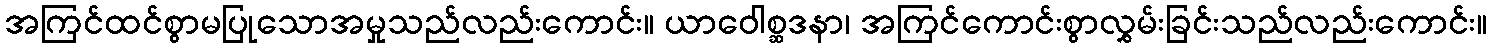
အကြင်ထင်စွာမပြုသောအမှုသည်လည်းကောင်း။ ယာဝေါစ္ဆဒနာ၊ အကြင်ကောင်းစွာလွှမ်းခြင်းသည်လည်းကောင်း။